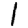
Digit: 1